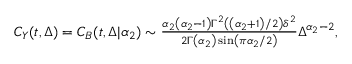
\begin{array} { r } { C _ { Y } ( t , \Delta ) = C _ { B } ( t , \Delta | \alpha _ { 2 } ) \sim \frac { \alpha _ { 2 } \left( \alpha _ { 2 } - 1 \right) \Gamma ^ { 2 } \left( \left( \alpha _ { 2 } + 1 \right) / 2 \right) \delta ^ { 2 } } { 2 \Gamma \left( \alpha _ { 2 } \right) \sin \left( \pi \alpha _ { 2 } / 2 \right) } \Delta ^ { \alpha _ { 2 } - 2 } , } \end{array}